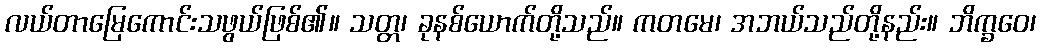
လယ်တာမြေကောင်းသဖွယ်ဖြစ်၏။ သတ္တ၊ ခုနစ်ယောက်တို့သည်။ ကတမေ၊ အဘယ်သည်တို့နည်း။ ဘိက္ခဝေ၊